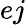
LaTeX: ej